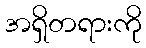
အရှိတရားကို